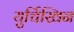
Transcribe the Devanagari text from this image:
युर्चिखिन